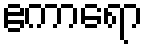
ဧကာရော